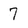
Character: 7